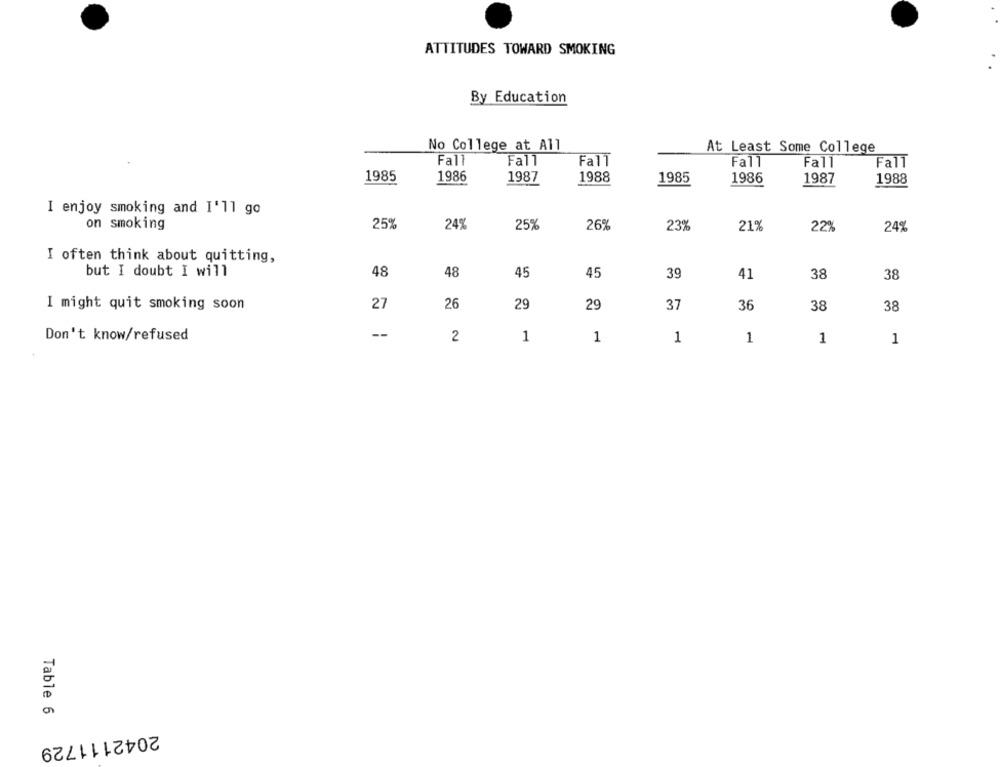
ATTITUDES TOWARD SMOKING
By Education
No College at All
At Least Some College
Fall
Fall
Fall
Fall
Fall
Fall
1985
1986
1988
1987
1985
1986
1987
1988
I enjoy smoking and I'll go
on smoking
25%
24%
25%
26%
23%
21%
22%
24%
I often think about quitting,
but I doubt I will
48
48
45
45
39
41
38
38
I might quit smoking soon
27
26
29
29
37
36
38
38
Don't know/refused
--
2
1
1
1
1
1
1
Table 6
2042111729